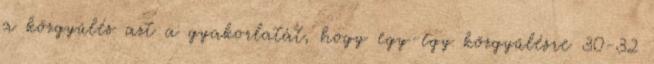
a közgyűlés azt a gyakorlatát, hogy egy-egy közgyűlésre 30-32